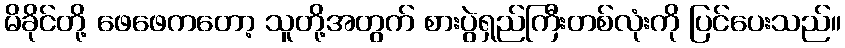
မိခိုင်တို့ ဖေဖေကတော့ သူတို့အတွက် စားပွဲရှည်ကြီးတစ်လုံးကို ပြင်ပေးသည်။